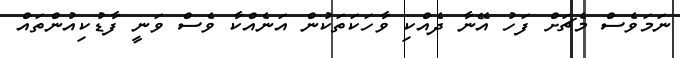
ނަމަވެސް މެޗަށް ފަހު އޭނާ ދެއްކި ވާހަކަތަކުން އަނެއްކާ ވެސް ވަނީ ފާޑުކިއުންތައް